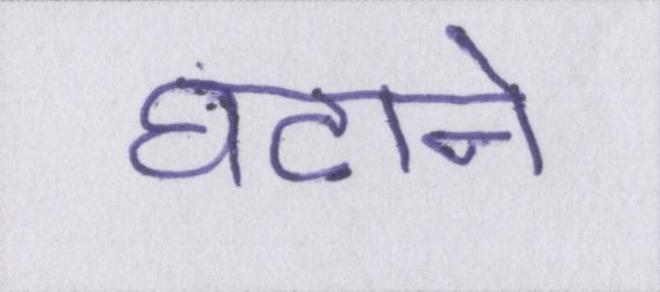
घटाने